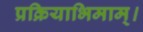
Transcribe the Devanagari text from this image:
प्रक्रियाभिमाम्।